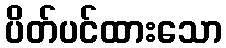
ပိတ်ပင်ထားသော